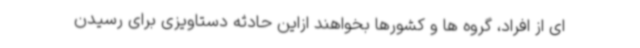
ای از افراد، گروه ها و کشورها بخواهند ازاین حادثه دستاویزی برای رسیدن